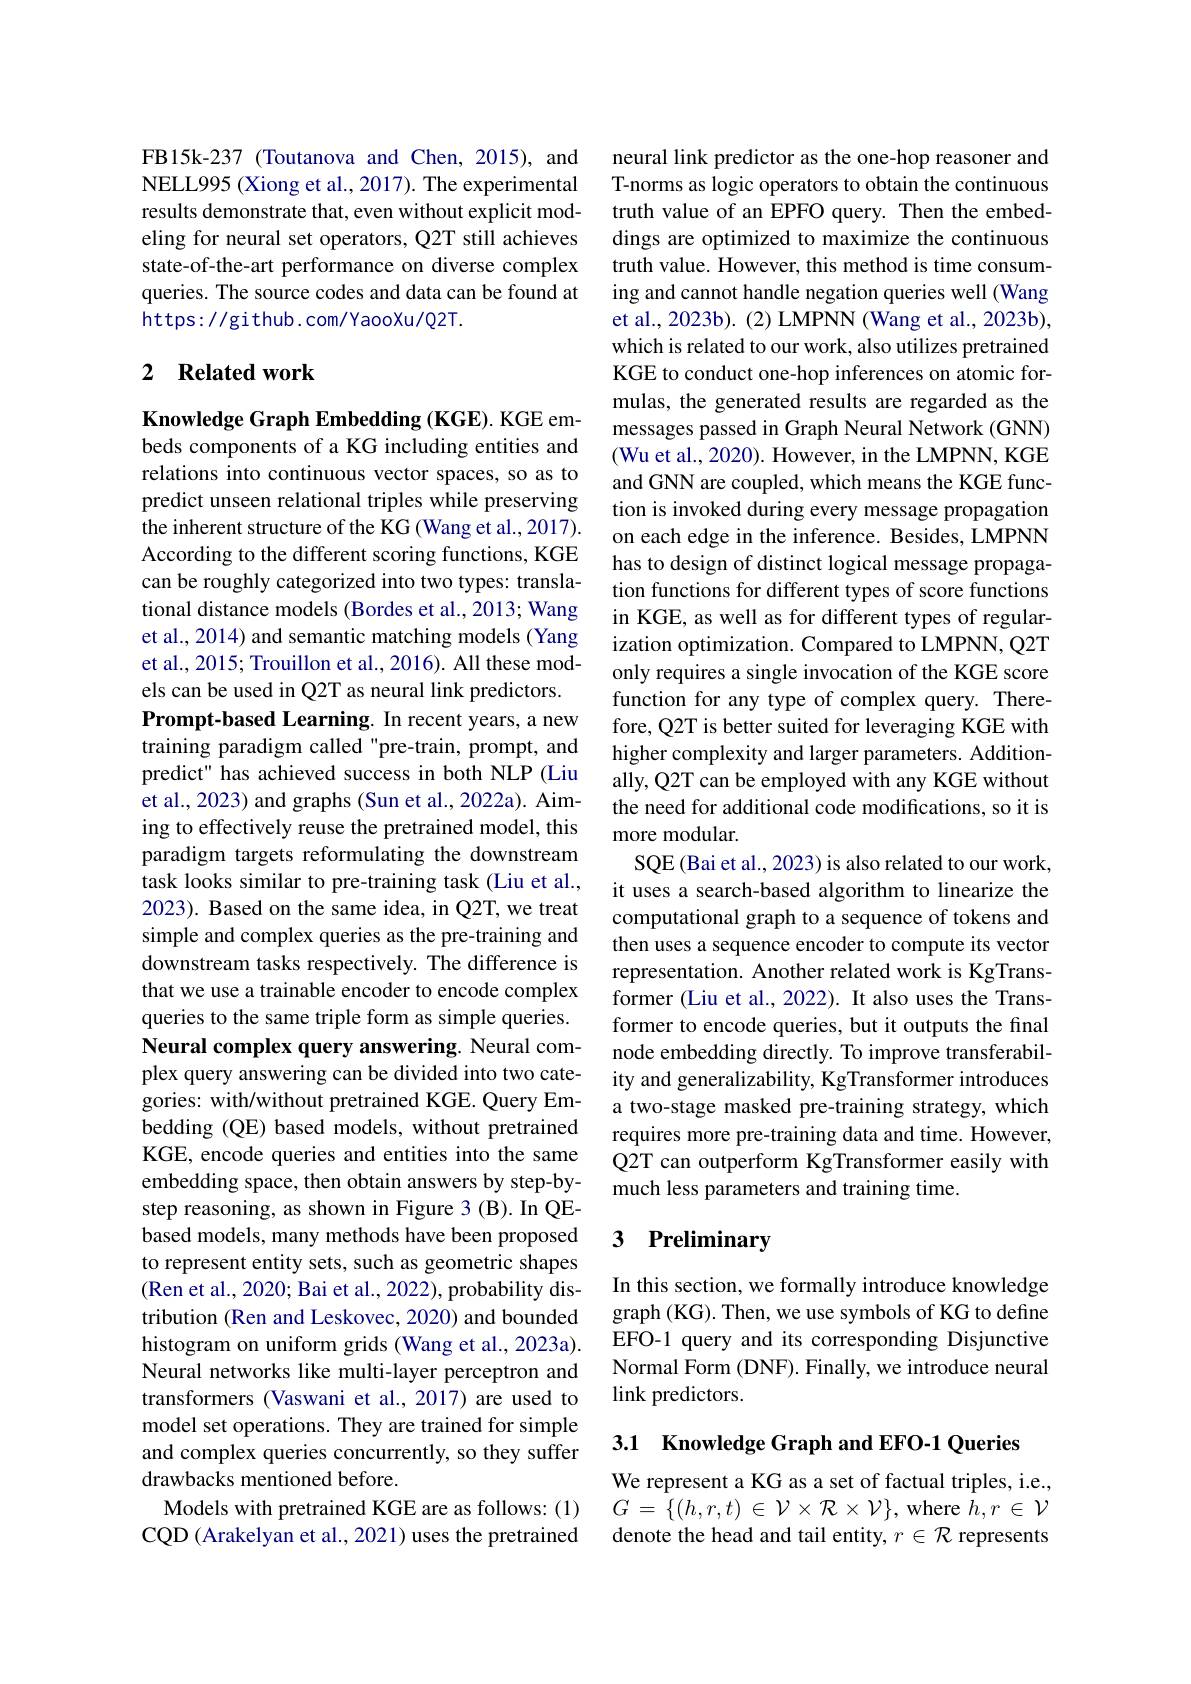
FB15k-237 (Toutanova and Chen, 2015), and NELL995 (Xiong et al., 2017). The experimental results demonstrate that, even without explicit modeling for neural set operators, Q2T still achieves state-of-the-art performance on diverse complex queries. The source codes and data can be found at https://github.com/YaooXu/Q2T.

## 2 $\textbf{Related work}$

Knowledge Graph Embedding (KGE). KGE embeds components of a KG including entities and relations into continuous vector spaces, so as to predict unseen relational triples while preserving the inherent structure of the KG (Wang et al.,2017). According to the different scoring functions, KGE can be roughly categorized into two types: translational distance models (Bordes et al., 2013; Wang et al., 2014) and semantic matching models (Yang et al., 2015; Trouillon et al., 2016). All these models can be used in Q2T as neural link predictors. Prompt-based Learning. In recent years, a new training paradigm called "pre-train, prompt, and predict" has achieved success in both NLP (Liu et al., 2023) and graphs (Sun et al., 2022a). Aiming to effectively reuse the pretrained model, this paradigm targets reformulating the downstream task looks similar to pre-training task (Liu et al., 2023). Based on the same idea, in Q2T, we treat simple and complex queries as the pre-training and downstream tasks respectively. The difference is that we use a trainable encoder to encode complex queries to the same triple form as simple queries. Neural complex query answering. Neural complex query answering can be divided into two categories: with/without pretrained KGE. Query Embedding (QE) based models, without pretrained KGE, encode queries and entities into the same embedding space, then obtain answers by step-bystep reasoning, as shown in Figure 3 (B). In QEbased models, many methods have been proposed to represent entity sets, such as geometric shapes (Ren et al., 2020; Bai et al., 2022), probability distribution (Ren and Leskovec, 2020) and bounded histogram on uniform grids (Wang et al., 2023a). Neural networks like multi-layer perceptron and transformers (Vaswani et al., 2017) are used to model set operations. They are trained for simple and complex queries concurrently, so they suffer drawbacks mentioned before.
Models with pretrained KGE are as follows: (1) CQD (Arakelyan et al., 2021) uses the pretrained

neural link predictor as the one-hop reasoner and T-norms as logic operators to obtain the continuous truth value of an EPFO query. Then the embeddings are optimized to maximize the continuous truth value. However, this method is time consuming and cannot handle negation queries well (Wang et al., 2023b). (2) LMPNN (Wang et al., 2023b), which is related to our work, also utilizes pretrained KGE to conduct one-hop inferences on atomic formulas, the generated results are regarded as the messages passed in Graph Neural Network (GNN) (Wu et al., 2020). However, in the LMPNN, KGE and GNN are coupled, which means the KGE function is invoked during every message propagation on each edge in the inference. Besides, LMPNN has to design of distinct logical message propagation functions for different types of score functions in KGE, as well as for different types of regularization optimization. Compared to LMPNN, Q2T only requires a single invocation of the KGE score function for any type of complex query. Therefore, Q2T is better suited for leveraging KGE with higher complexity and larger parameters. Additionally, Q2T can be employed with any KGE without the need for additional code modifications, so it is more modular.
SQE (Bai et al., 2023) is also related to our work, it uses a search-based algorithm to linearize the computational graph to a sequence of tokens and then uses a sequence encoder to compute its vector representation. Another related work is KgTransformer (Liu et al., 2022). It also uses the Transformer to encode queries, but it outputs the final node embedding directly. To improve transferability and generalizability, KgTransformer introduces a two-stage masked pre-training strategy, which requires more pre-training data and time. However, Q2T can outperform KgTransformer easily with much less parameters and training time.

## 3 Preliminary

In this section, we formally introduce knowledge graph (KG). Then, we use symbols of KG to define EFO-1 query and its corresponding Disjunctive Normal Form (DNF). Finally, we introduce neural link predictors.

3.1 Knowledge Graph and EFO-1 Queries

We represent a KG as a set of factual triples, i.e., $G=\{(h,r,t)\in\mathcal{V}\times\mathcal{R}\times\mathcal{V}\}$,where $h,r\in\mathcal{V}$ denote the head and tail entity, $r\in\mathcal{R}$ represents